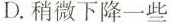
D.稍微下降一些